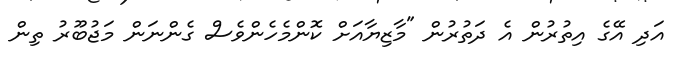
އަދި އޭގެ އިތުރުން އެ ދަތުރުން "މާޒިޔާއަށް ކޮންމެހެންވެސް ގެންނަން މަޖުބޫރު ތިން